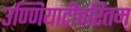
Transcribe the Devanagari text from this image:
उण्णियाटीचरितम्